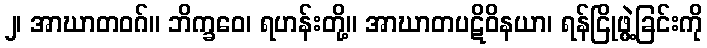
၂၊ အာဃာတဝဂ်။ ဘိက္ခဝေ၊ ရဟန်းတို့။ အာဃာတပဋိဝိနယာ၊ ရန်ငြိုဖွဲ့ခြင်းကို